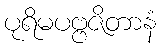
ပုရိမပဗ္ဗဇိတာနံ